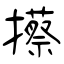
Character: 攃